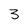
Character: 3